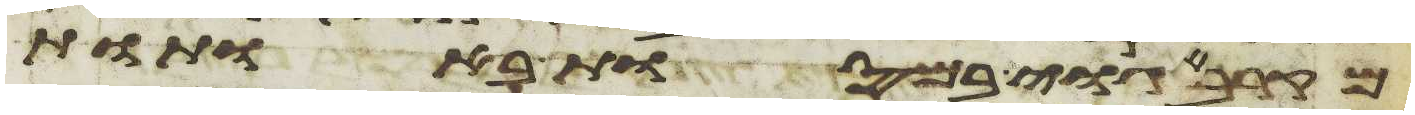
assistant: מקרב גוי במסות באתות